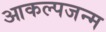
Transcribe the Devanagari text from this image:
आकल्पजन्म